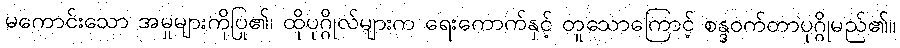
မကောင်းသော အမှုများကိုပြု၏၊ ထိုပုဂ္ဂိုလ်များက ရေးကောက်နှင့် တူသောကြောင့် စန္ဒဝက်တာပုဂ္ဂိုမည်၏။